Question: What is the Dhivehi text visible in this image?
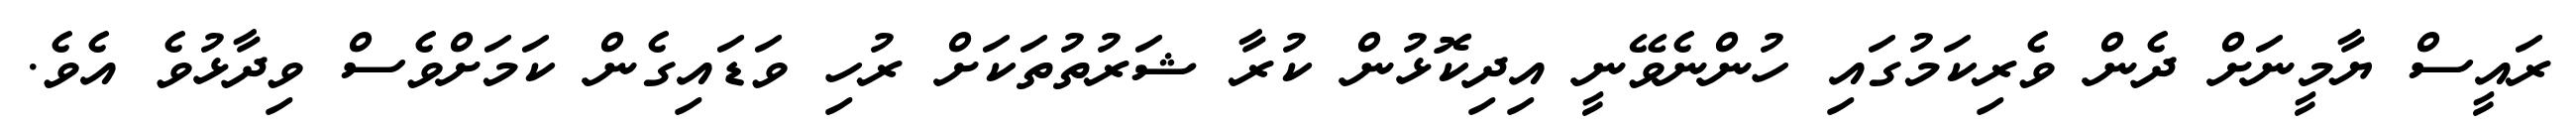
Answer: ރައީސް ޔާމީނަށް ދެން ވެރިކަމުގައި ހުންނެވޭނީ އިދިކޮޅުން ކުރާ ޝަރުތުތަކަށް ރުހި ވަޑައިގެން ކަމަށްވެސް ވިދާޅުވެ އެވެ.